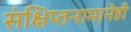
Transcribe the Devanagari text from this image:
संक्षिप्तनामानेही